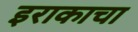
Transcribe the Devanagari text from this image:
इराकाचा